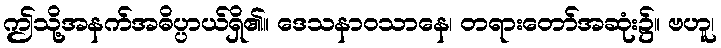
ဤသို့အနက်အဓိပ္ပာယ်ရှိ၏။ ဒေသနာဝသာနေ၊ တရားတော်အဆုံး၌။ ဗဟူ၊